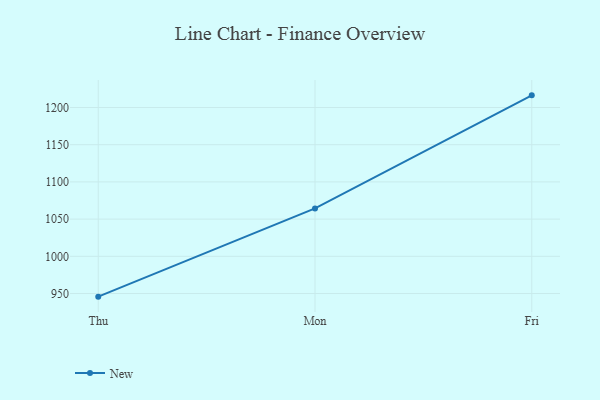
{"axis": {"x": "Day", "y": "LTV (USD)"}, "legend": ["New"], "data": [{"x": "Thu", "y": 945.8, "type": "New"}, {"x": "Mon", "y": 1064.4, "type": "New"}, {"x": "Fri", "y": 1216.3, "type": "New"}]}